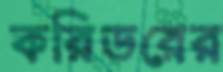
করিডরের